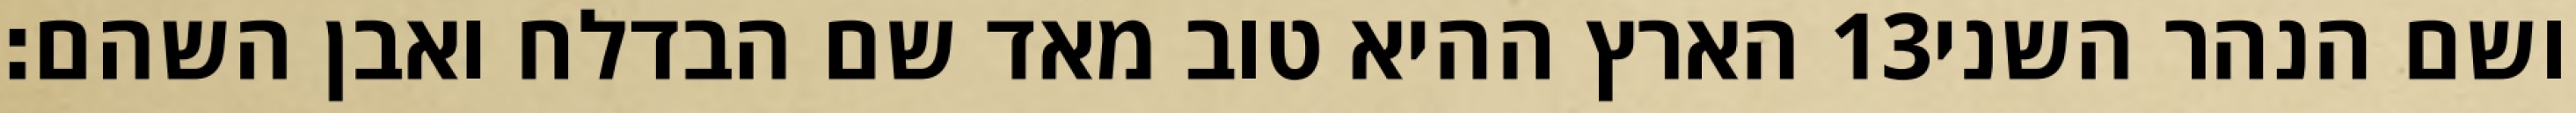
הארץ ההיא טוב מאד שם הבדלח ואבן השהם׃ ‎13‏ ושם הנהר השני